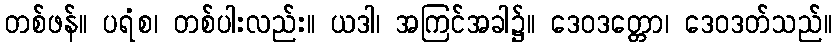
တစ်ဖန်။ ပရံစ၊ တစ်ပါးလည်း။ ယဒါ၊ အကြင်အခါ၌။ ဒေဝဒတ္တော၊ ဒေဝဒတ်သည်။